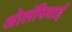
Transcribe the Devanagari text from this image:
ओलंपियाई